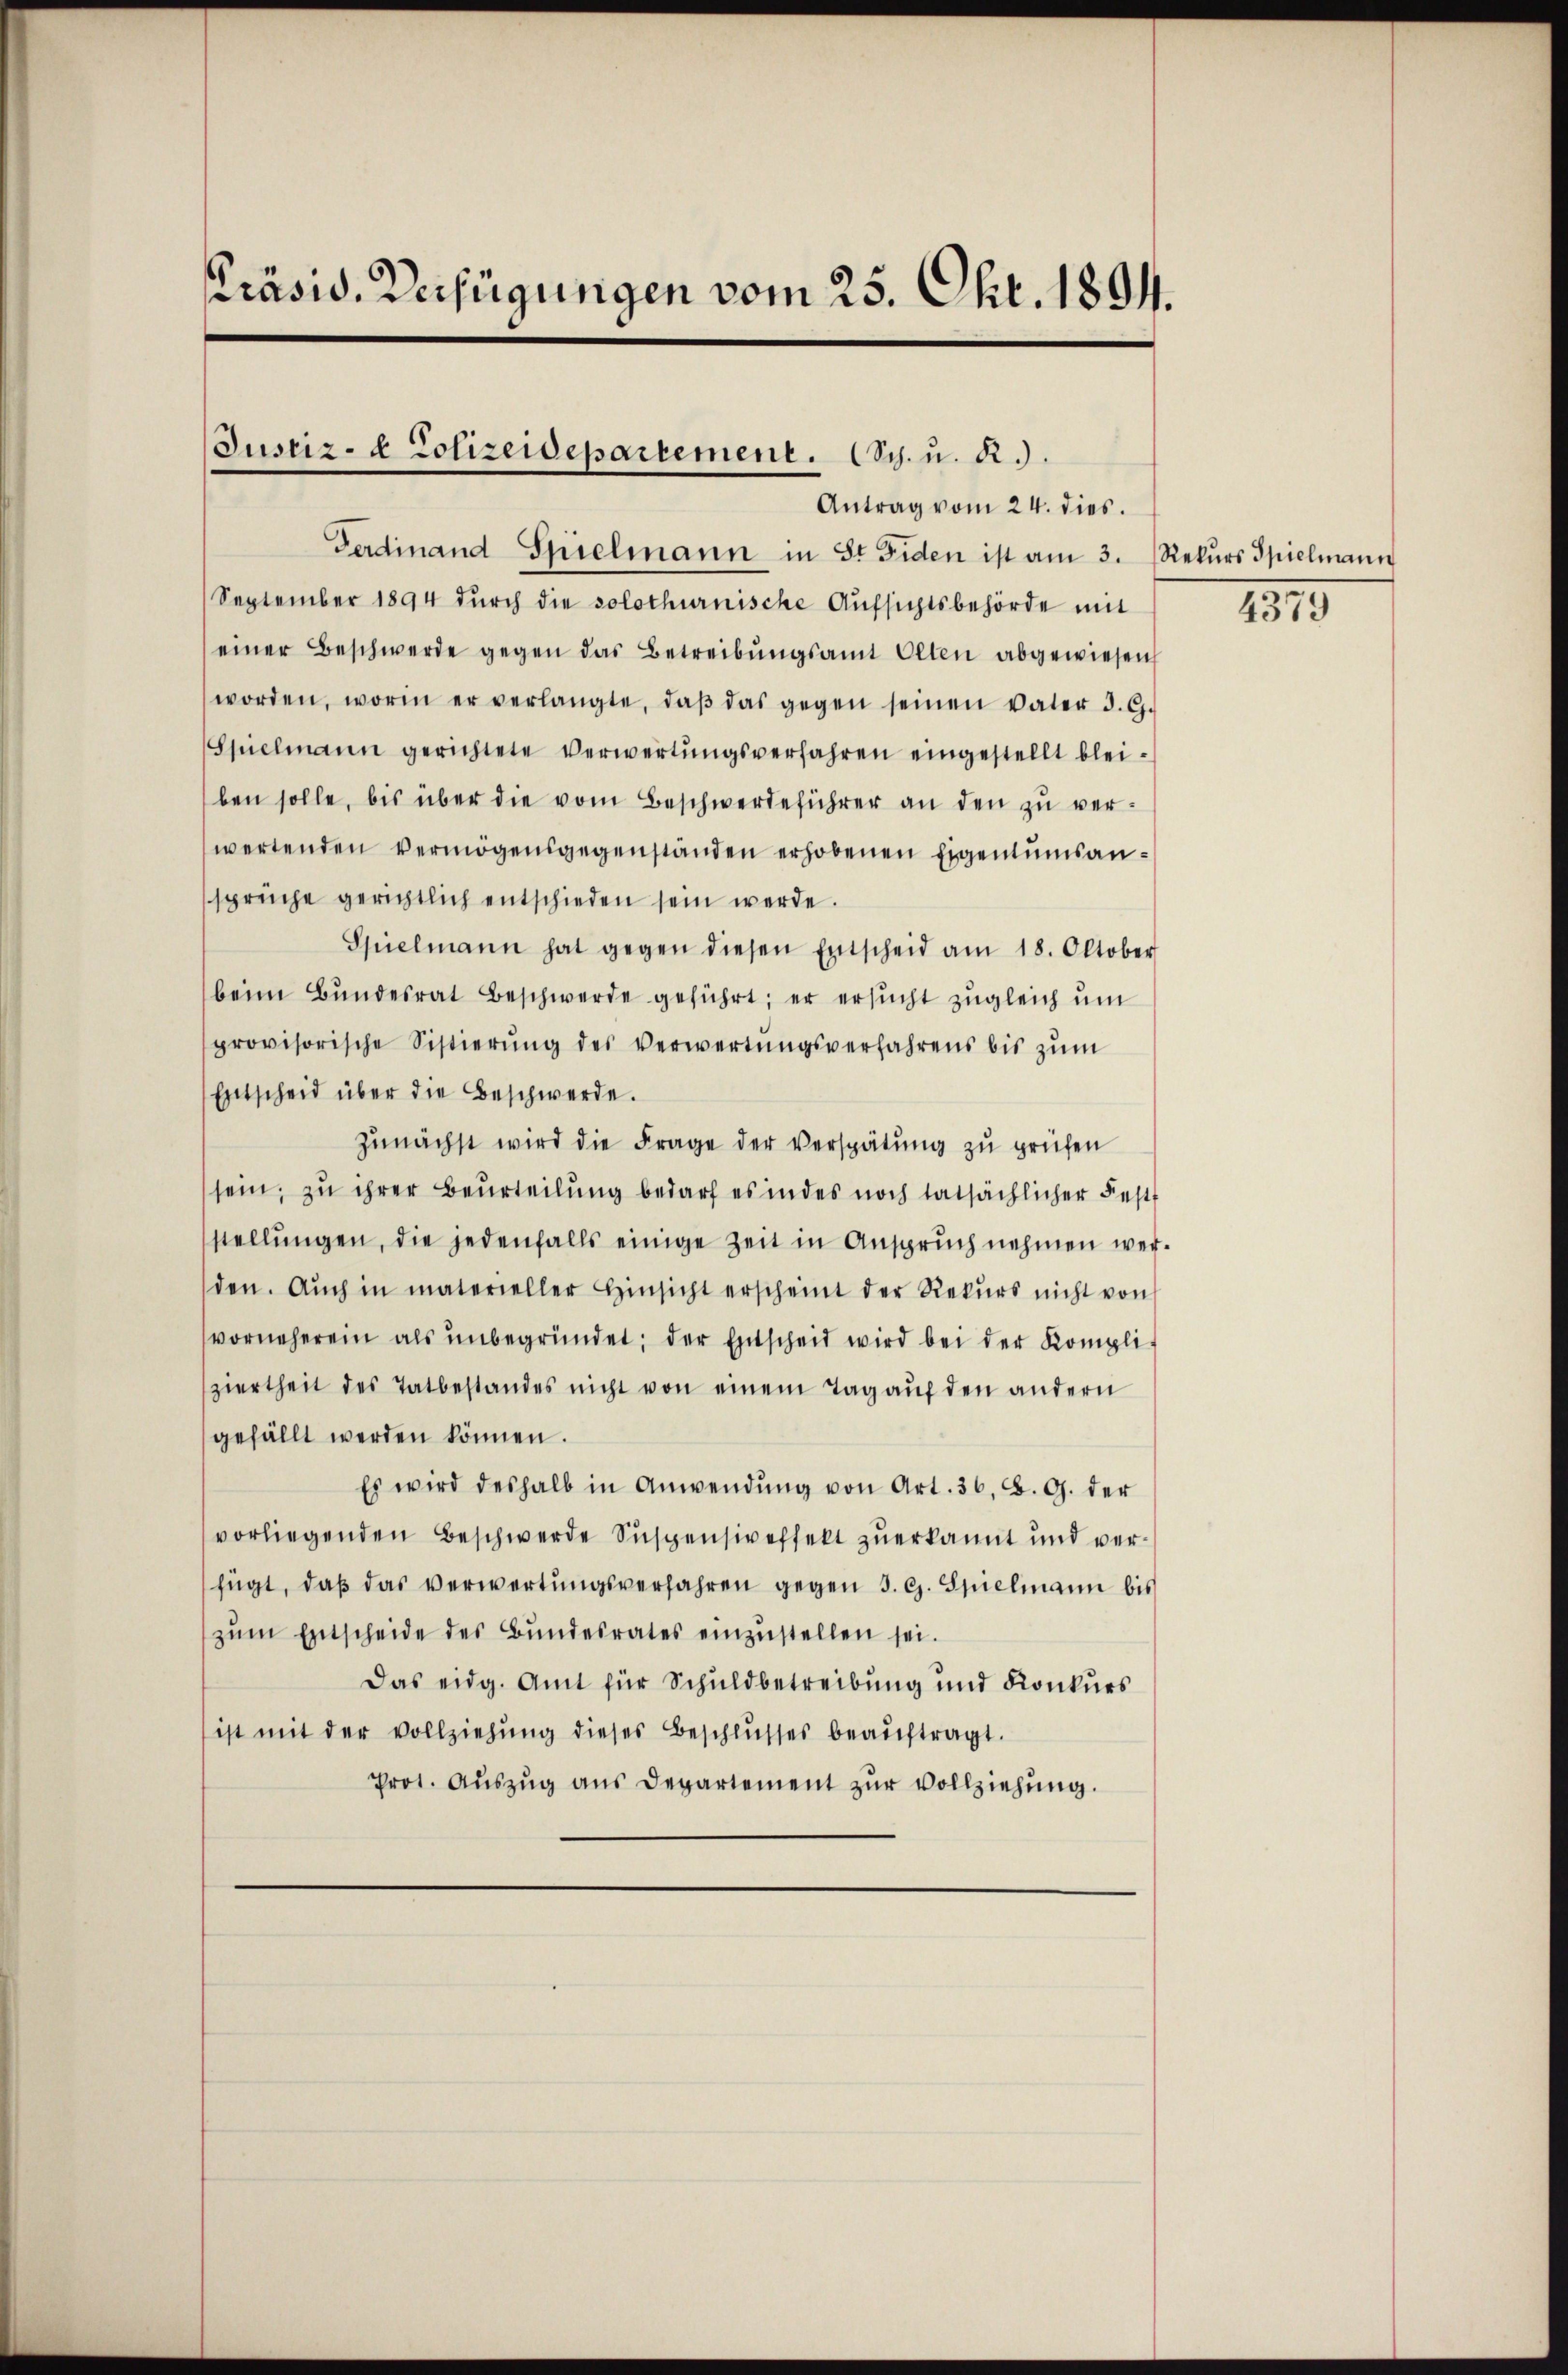
Präsid. Verfügungen vom 25. Okt. 1894.

Justiz- & Polizeidepartement. (Sch. u. R.).
Antrag vom 24. dies.

Ferdinand Spielmann in St. Fiden ist am 3. Rekŭrs Spielmann
September 1894 durch die solothurnische Aufsichtsbehörde mit
einer Beschwerde gegen das Betreibŭngsamt Olten abgewiesen
worden, worin er verlangte, daβ das gegen seinen vater d. G.
Spielmann gerichtete Verwertŭngsverfahren eingestellt bleiben solle, bis über die vom Beschwerdeführer an den zu verwertenden vermögensgegenständen erhobenen Eigentumsansprüche gerichtlich entschieden sein werde.
Spielmann hat gegen diesen Entscheid am 18. Oktober
beim Bŭndesrat Beschwerde geführt; er ersŭcht zugleich um
provisorische Sistierŭng des Verwertŭngsverfahrens bis zŭm
Entscheid über die Beschwerde.
zunächst wird die Frage der Verspätung zu prüfen
sein, zu ihrer Beurteilung bedarf es in des noch tatsächlicher Festt
stellŭngen, die jedenfalls einige Zeit in Ansprŭch nehmen wer-
den. Aŭch in materieller Hinsicht erscheint der Rekŭrs nicht von
vorneherein als ŭnbegründet; der Entscheid wird bei der Kompli-
ziertheit des Tatbestandes nicht von einem Tag aŭf den andern
gefällt werden können.
Es wird deshalb in Anwendŭng von Art. 36. B. G. der
vorliegenden Beschwerde Suspensiveffekt zuerkannt und verfügt, daβ das verwertŭngsverfahren gegen 3. G. Spielmann bis
zŭm Entscheide des Bŭndesrates einzŭstellen sei.
Das eidg. Amt für Schuldbetreibung und Konkurs
ist mit der vollziehŭng dieses Beschlŭsses beaŭftragt.
Prot. Auszug aus Departement zur Vollziehung.

4379